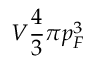
V \frac { 4 } { 3 } \pi p _ { F } ^ { 3 }